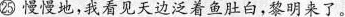
㉕ 慢慢地，我看见天边泛着鱼肚白，黎明来了。